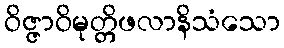
ဝိဇ္ဇာဝိမုတ္တိဖလာနိသံသော